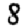
Digit: 8